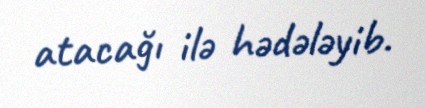
atacağı ilə hədələyib.